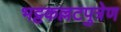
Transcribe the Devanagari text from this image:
भट्टकल्लटपुत्रेण